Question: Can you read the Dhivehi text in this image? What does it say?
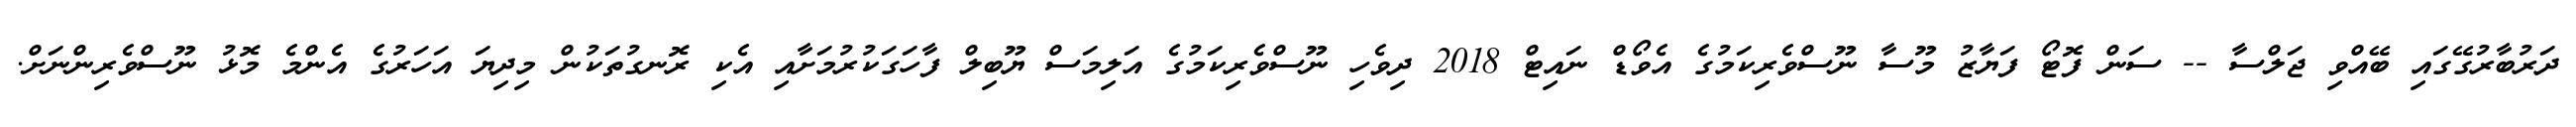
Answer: ދަރުބާރުގޭގައި ބޭއްވި ޖަލްސާ -- ސަން ފޮޓޯ ފަޔާޒު މޫސާ ނޫސްވެރިކަމުގެ އެވޯޑް ނައިޓް 2018 ދިވެހި ނޫސްވެރިކަމުގެ އަލިމަސް ޔޫބިލް ފާހަގަކުރުމަށާއި އެކި ރޮނގުތަކުން މިދިޔަ އަހަރުގެ އެންމެ މޮޅު ނޫސްވެރިންނަށް.